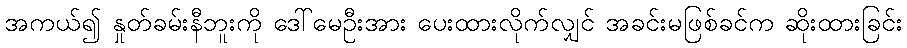
အကယ်၍ နှုတ်ခမ်းနီဘူးကို ဒေါ်မေဦးအား ပေးထားလိုက်လျှင် အခင်းမဖြစ်ခင်က ဆိုးထားခြင်း